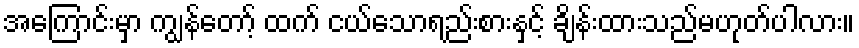
အကြောင်းမှာ ကျွန်တော့် ထက် ငယ်သောရည်းစားနှင့် ချိန်းထားသည်မဟုတ်ပါလား။